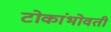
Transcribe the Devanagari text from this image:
टोकांभोवती